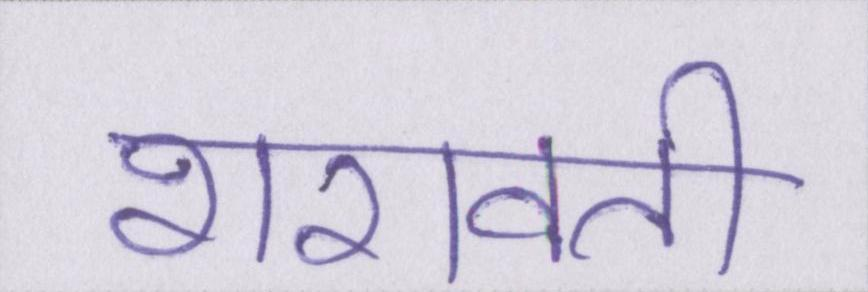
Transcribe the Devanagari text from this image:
शरावती